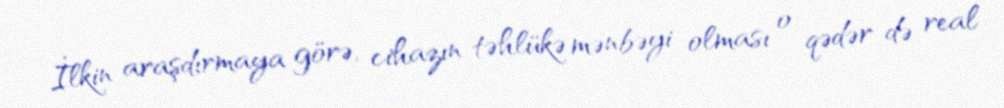
İlkin araşdırmaya görə, cihazın təhlükə mənbəyi olması o qədər də real